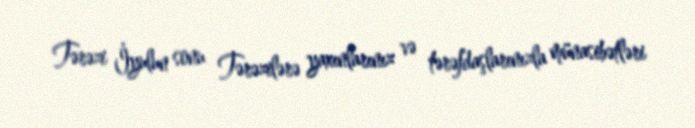
Tərəzi İyulun sonu Tərəzilərə yaxınlarınız və tərəfdaşlarınızla münasibətləri